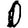
Digit: 0